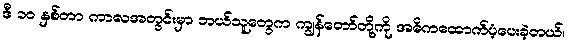
ဒီ ၁၀ နှစ်တာ ကာလအတွင်းမှာ ဘယ်သူတွေက ကျွန်တော်တို့ကို အဓိကထောက်ပံ့ပေးခဲ့တယ်၊